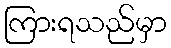
ကြားရသည်မှာ